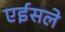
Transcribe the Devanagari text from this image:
एईसले